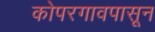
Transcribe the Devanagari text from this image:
कोपरगावपासून